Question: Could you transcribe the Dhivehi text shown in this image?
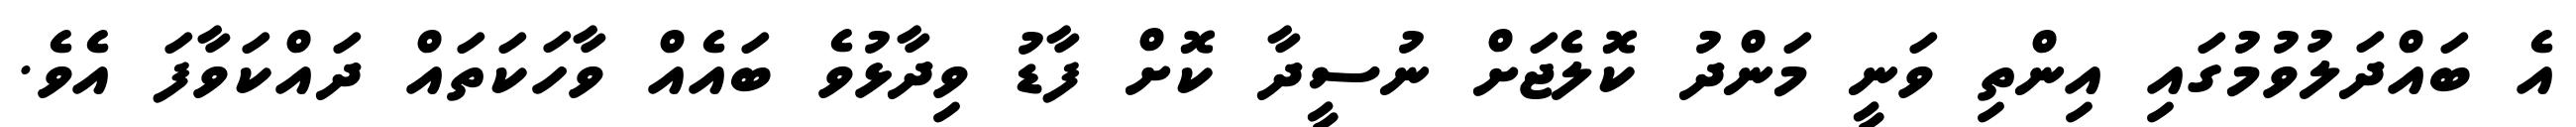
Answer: އެ ބައްދަލުވުމުގައި އިންތި ވަނީ މަންދު ކޮލެޖަށް ނުސީދާ ކޮށް ފާޑު ވިދާޅުވެ ބައެއް ވާހަކަތައް ދައްކަވާފަ އެވެ.